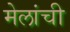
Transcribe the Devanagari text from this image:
मेलांची